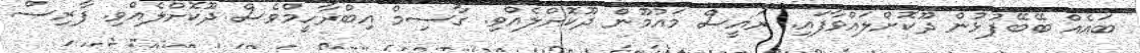
ބައެއް ބޭބޭފުޅުން ދޫކޮށްލައްވާފައި. ރައީސް މައުމޫން ދޫކޮށްލެއްވި. ގާސިމް އިބްރާހީމްވެސް ދޫކޮށްލެއްވި. ފާރިސް